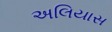
અલિયાસ